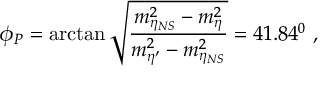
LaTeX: \phi _ { P } = \arctan \sqrt { \frac { m _ { \eta _ { N S } } ^ { 2 } - m _ { \eta } ^ { 2 } } { m _ { \eta ^ { \prime } } ^ { 2 } - m _ { \eta _ { N S } } ^ { 2 } } } = 4 1 . 8 4 ^ { 0 } ~ ,